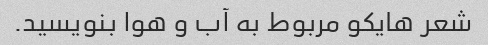
شعر هایکو مربوط به آب و هوا بنویسید.